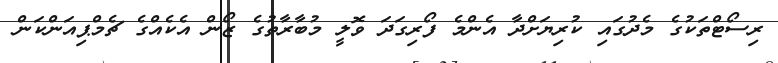
ރިސޯޓްތަކުގެ މެދުގައި ކުރިޔަށްދާ އެންމެ ފޯރިގަދަ ވޮލީ މުބާރާތުގެ ޒޯން އެކެއްގެ ޗެމްޕިއަންކަން